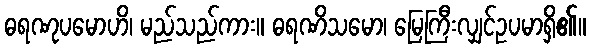
ဓရဏုပမောဟိ၊ မည်သည်ကား။ ဓရဏိသမော၊ မြေကြီးလျှင်ဥပမာရှိ၏။